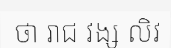
ថា រាជ វង្ស លិវ